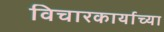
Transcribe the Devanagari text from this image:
विचारकार्याच्या